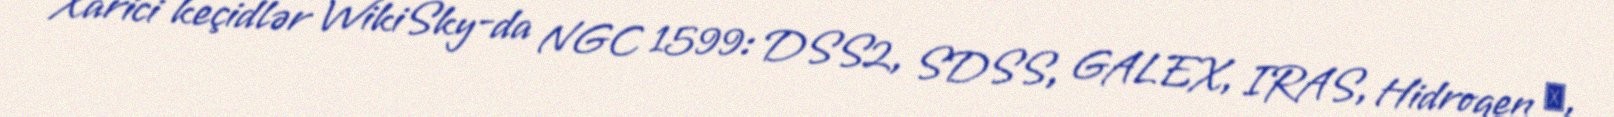
Xarici keçidlər WikiSky-da NGC 1599: DSS2, SDSS, GALEX, IRAS, Hidrogen α,